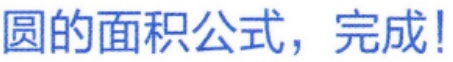
圆的面积公式，完成!